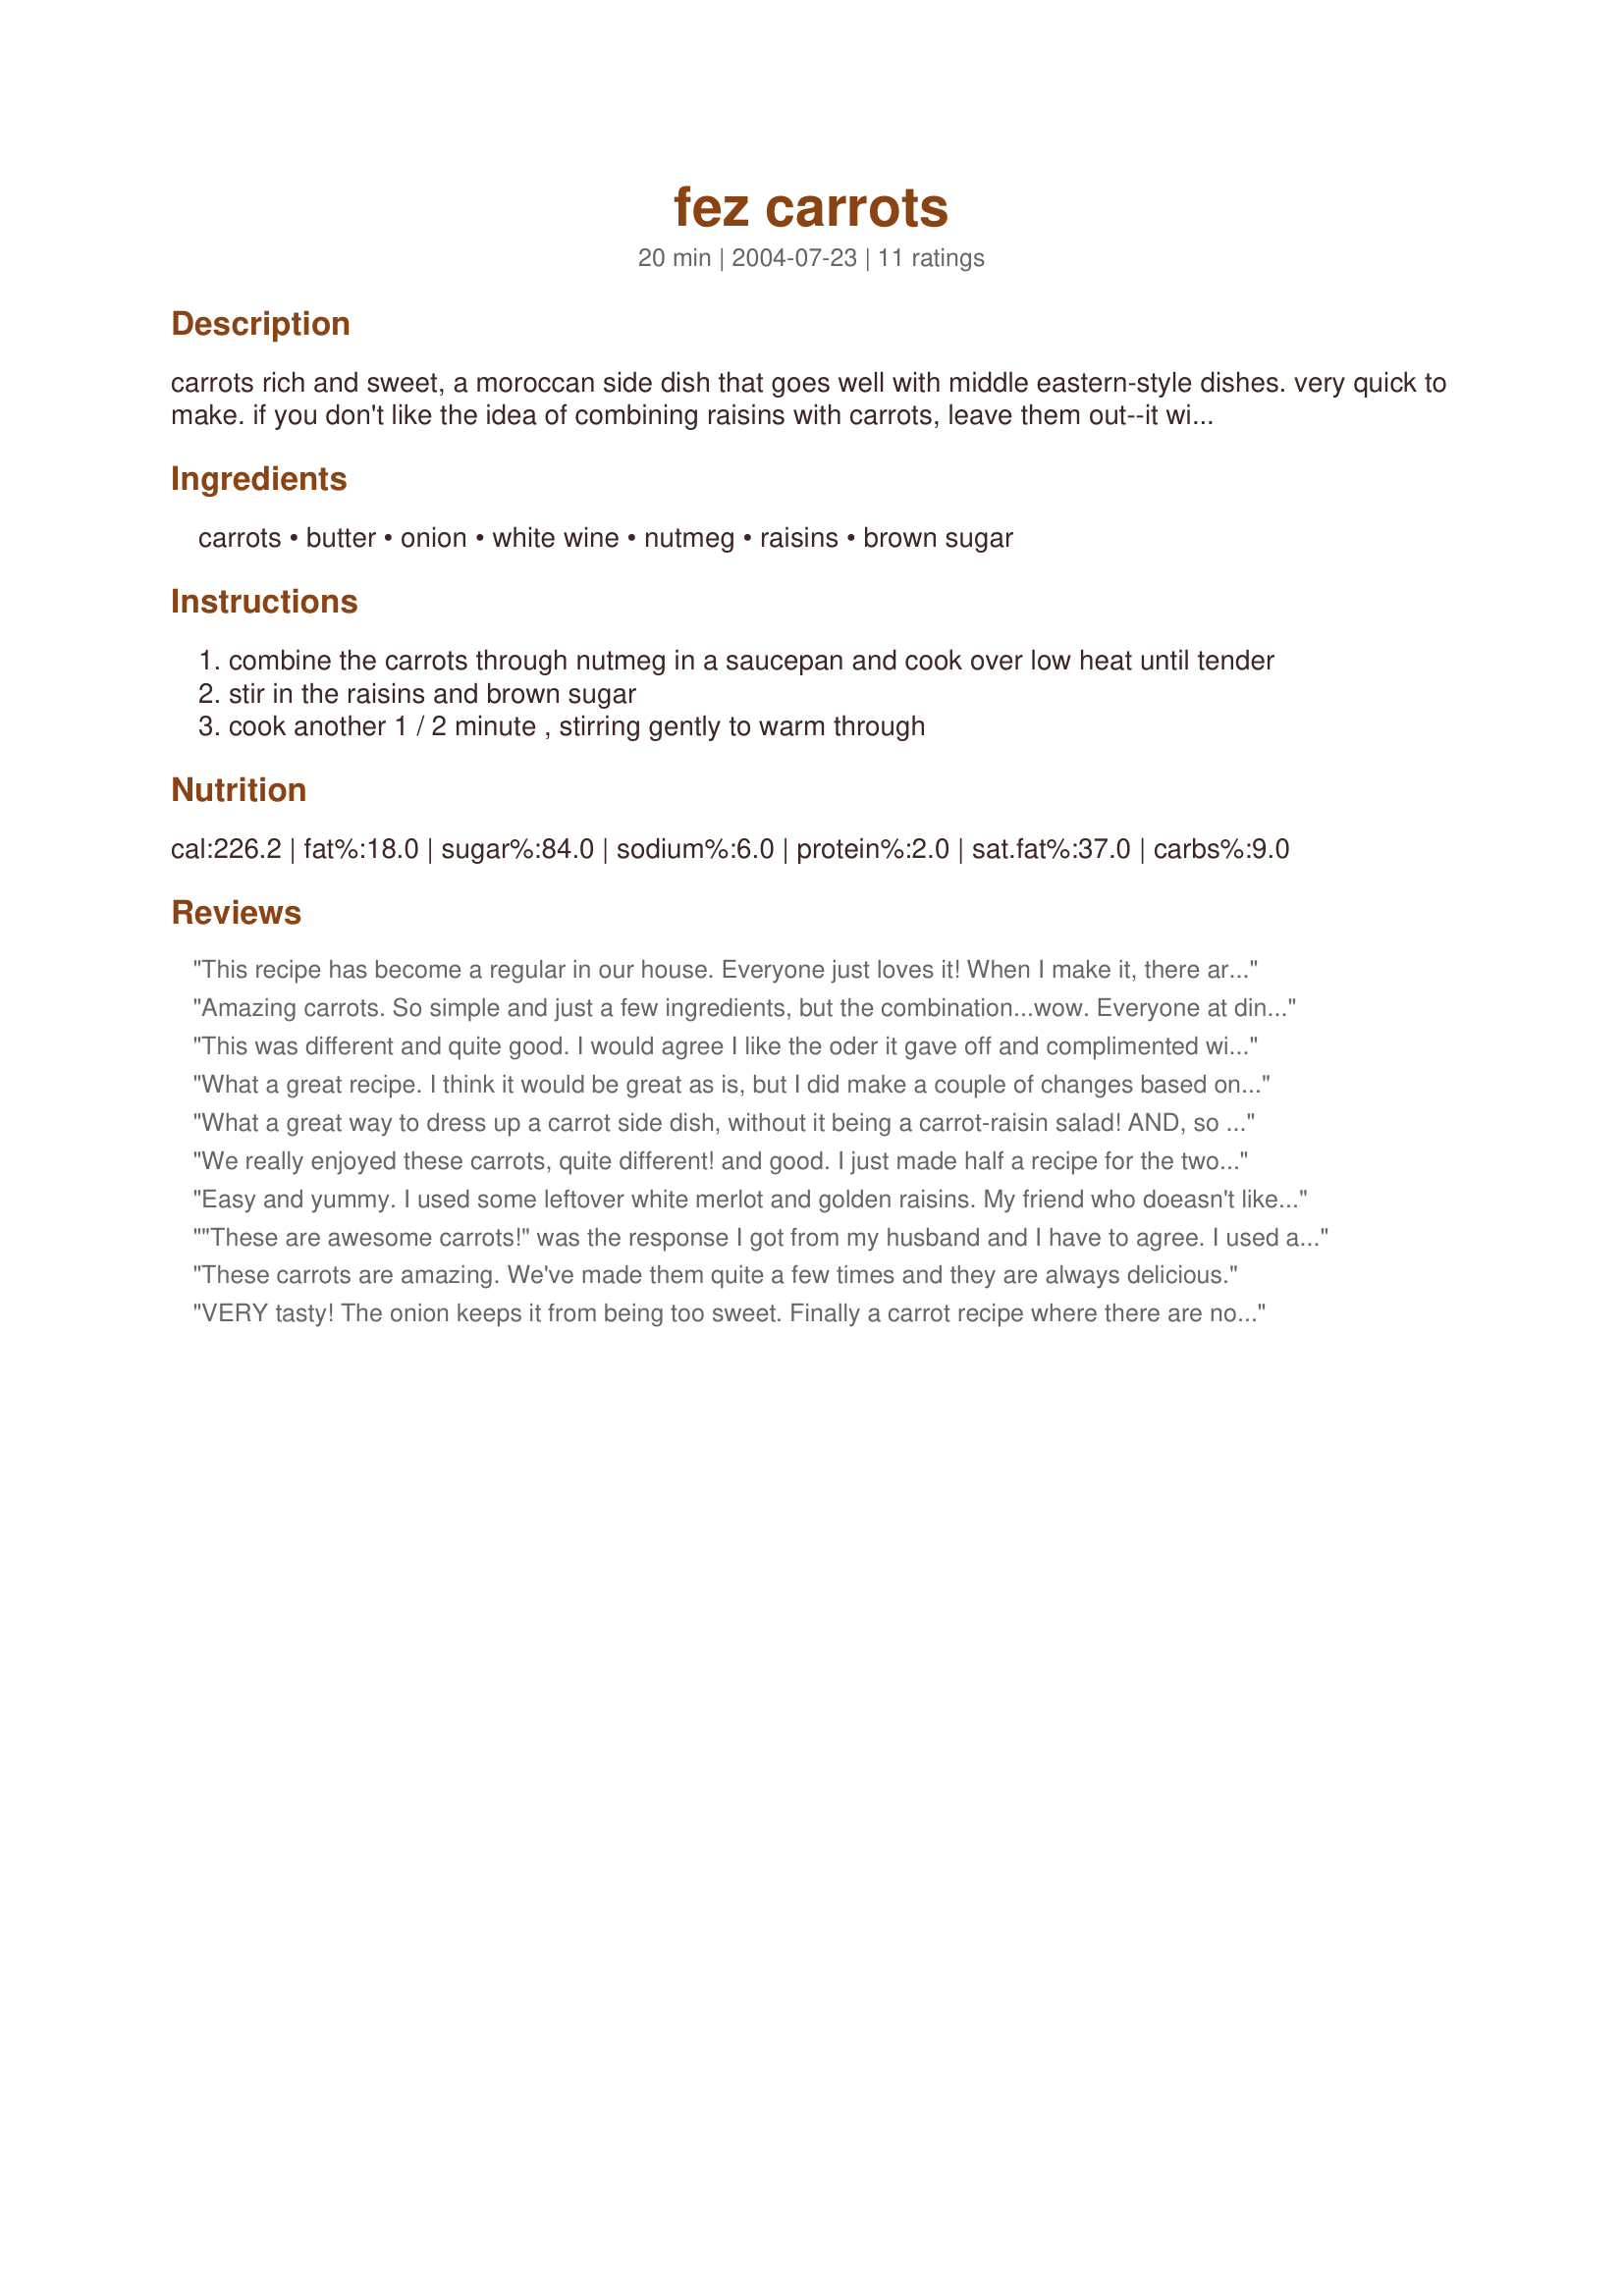
fez carrots
Preparation time: 20 minutes

carrots rich and sweet, a moroccan side dish that goes well with middle eastern-style dishes. very quick to make. if you don't like the idea of combining raisins with carrots, leave them out--it will still taste good. to feed more people, just add a carrot per person. i also like to make this for holiday meals sometimes, because they seem a little "special."

Ingredients:
carrots, butter, onion, white wine, nutmeg, raisins, brown sugar

Steps:
combine the carrots through nutmeg in a saucepan and cook over low heat until tender
stir in the raisins and brown sugar
cook another 1 / 2 minute , stirring gently to warm through

Reviews:
This recipe has become a regular in our house. Everyone just loves it! When I make it, there are rarely any leftovers. The house is filled with a wonderfully sweet, spicy, savory fragrance! Of course, the only change I have made is to use margarine instead of butter, as we are on an extremely tight budget.
Amazing carrots. So simple and just a few ingredients, but the combination...wow. Everyone at dinner said these were good carrots. A keeper. Definitely going on my regular rotation. I did reduce the butter to 2 tbps instead of the 4 tbsp (1/4 cup) called for in the recipe. Still excellent.
This was different and quite good. I would agree I like the oder it gave off and complimented with the taste.
What a great recipe. I think it would be great as is, but I did make a couple of changes based on what I had availble. I only had one carrot, and had some yellow squash to use up, so I used both for 1 large serving. I also subbed dried figs for the raisins and the flavor was great. I tossed them in with the rest of the veggies in the first step and they softened up nicely. Definitely a keeper!
What a great way to dress up a carrot side dish, without it being a carrot-raisin salad! AND, so easy to make, too! I doubled the recipe & three of us ate it all! This recipe will make a nice addition to my vegetarian cookbook ~ Thanks so much for sharing it!
We really enjoyed these carrots, quite different! and good. I just made half a recipe for the two of us and it worked out just fine. Love the touch of sweetness from the raisins and the wine and butter added a richness to them. The nutmeg was a nice finish with the brown sugar. We will make these again, thanks for sharing a good one.
Easy and yummy. I used some leftover white merlot and golden raisins. My friend who doeasn't like carrots went back for seconds and took home leftovers. 'Nuff said.
"These are awesome carrots!" was the response I got from my husband and I have to agree. I used a shallot instead of the onion, because our daughter doesn't like the taste of onions and thay are a bit milder. Yum! :)
These carrots are amazing. We've made them quite a few times and they are always delicious.
VERY tasty! The onion keeps it from being too sweet. Finally a carrot recipe where there are no leftovers! Made for "I've saved all these recipes!" March Diabetic Tag.
SweEEEEET and oh so good. What child wouldn`t enjoy these?
You have sweetness from the onions, raisins and carrots.
 Hope you have a sweet tooth.
I sauteed the onions for 5 minutes then added the remaining ingredients and cooked for 20 minutes. At this point I removed the carrots then reduced the juices to a nice thick syrup and poured over the carrots. Thanks!
